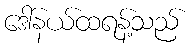
ဒေါ်နယ်ထရန့်သည်